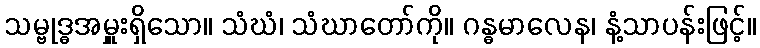
သမ္ဗုဒ္ဓအမှူးရှိသော။ သံဃံ၊ သံဃာတော်ကို။ ဂန္ဓမာလေန၊ နံ့သာပန်းဖြင့်။